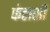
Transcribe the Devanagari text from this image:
फंटासी